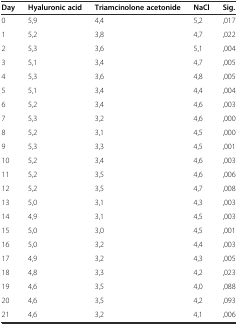
<table><thead><tr><td><b>Day</b></td><td><b>Hyaluronic acid</b></td><td><b>Triamcinolone acetonide</b></td><td><b>NaCl</b></td><td><b>Sig.</b></td></tr></thead><tbody><tr><td>0</td><td>5,9</td><td>4,4</td><td>5,2</td><td>,017</td></tr><tr><td>1</td><td>5,2</td><td>3,8</td><td>4,7</td><td>,022</td></tr><tr><td>2</td><td>5,3</td><td>3,6</td><td>5,1</td><td>,004</td></tr><tr><td>3</td><td>5,1</td><td>3,4</td><td>4,7</td><td>,005</td></tr><tr><td>4</td><td>5,3</td><td>3,6</td><td>4,8</td><td>,005</td></tr><tr><td>5</td><td>5,1</td><td>3,4</td><td>4,4</td><td>,004</td></tr><tr><td>6</td><td>5,2</td><td>3,4</td><td>4,6</td><td>,003</td></tr><tr><td>7</td><td>5,3</td><td>3,2</td><td>4,6</td><td>,000</td></tr><tr><td>8</td><td>5,2</td><td>3,1</td><td>4,5</td><td>,000</td></tr><tr><td>9</td><td>5,3</td><td>3,3</td><td>4,5</td><td>,001</td></tr><tr><td>10</td><td>5,2</td><td>3,4</td><td>4,6</td><td>,003</td></tr><tr><td>11</td><td>5,2</td><td>3,5</td><td>4,6</td><td>,006</td></tr><tr><td>12</td><td>5,2</td><td>3,5</td><td>4,7</td><td>,008</td></tr><tr><td>13</td><td>5,0</td><td>3,1</td><td>4,3</td><td>,003</td></tr><tr><td>14</td><td>4,9</td><td>3,1</td><td>4,5</td><td>,003</td></tr><tr><td>15</td><td>5,0</td><td>3,0</td><td>4,5</td><td>,001</td></tr><tr><td>16</td><td>5,0</td><td>3,2</td><td>4,4</td><td>,003</td></tr><tr><td>17</td><td>4,9</td><td>3,2</td><td>4,3</td><td>,005</td></tr><tr><td>18</td><td>4,8</td><td>3,3</td><td>4,2</td><td>,023</td></tr><tr><td>19</td><td>4,6</td><td>3,5</td><td>4,0</td><td>,088</td></tr><tr><td>20</td><td>4,6</td><td>3,5</td><td>4,2</td><td>,093</td></tr><tr><td>21</td><td>4,6</td><td>3,2</td><td>4,1</td><td>,006</td></tr></tbody></table>